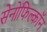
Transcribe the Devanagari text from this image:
सेनोफिल्कॉन